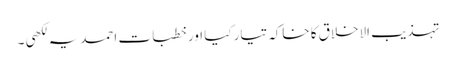
تہذیب الاخلاق کا خاکہ تیار کیا اور خطبات احمدیہ لکھی ۔